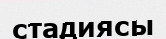
стадиясы